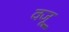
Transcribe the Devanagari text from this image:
वजू